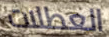
العطلات